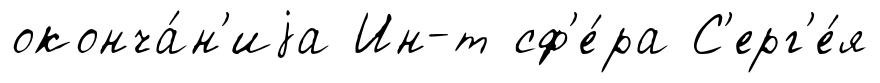
оконча́н'иjа Ин-т сф'е́ра С'ерг'е́я